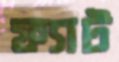
ফ্যাট